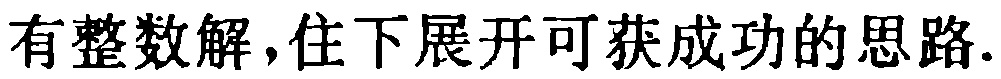
有整数解,往下展开可获成功的思路.